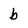
Character: b